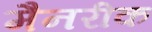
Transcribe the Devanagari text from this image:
मैनरीक